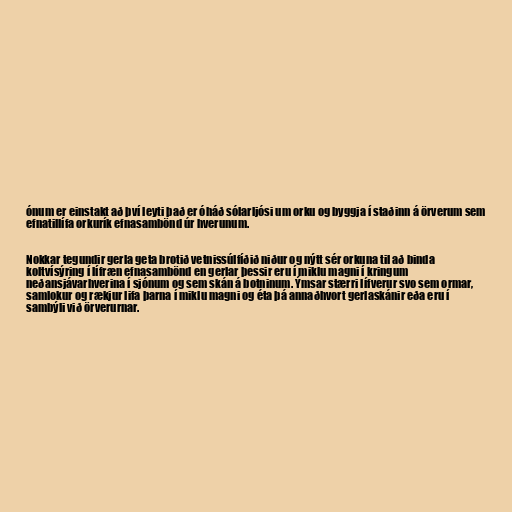
ónum er einstakt að því leyti það er óháð sólarljósi um orku og byggja í staðinn á örverum sem
efnatillífa orkurík efnasambönd úr hverunum.

Nokkar tegundir gerla geta brotið vetnissúlfíðið niður og nýtt sér orkuna til að binda
koltvísýring í lífræn efnasambönd en gerlar þessir eru í miklu magni í kringum
neðansjávarhverina í sjónum og sem skán á botninum. Ýmsar stærri lífverur svo sem ormar,
samlokur og rækjur lifa þarna í miklu magni og éta þá annaðhvort gerlaskánir eða eru í
sambýli við örverurnar.